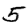
Digit: 5